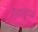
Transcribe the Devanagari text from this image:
भिक्षुधर्म